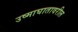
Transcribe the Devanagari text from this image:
उष्माघातावरील